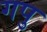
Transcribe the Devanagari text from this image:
गपु